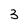
Character: 3